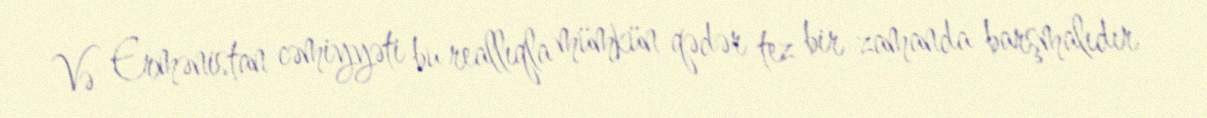
Və Ermənistan cəmiyyəti bu reallıqla mümkün qədər tez bir zamanda barşmalıdır